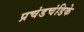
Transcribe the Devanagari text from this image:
प्रचंडचंडिके